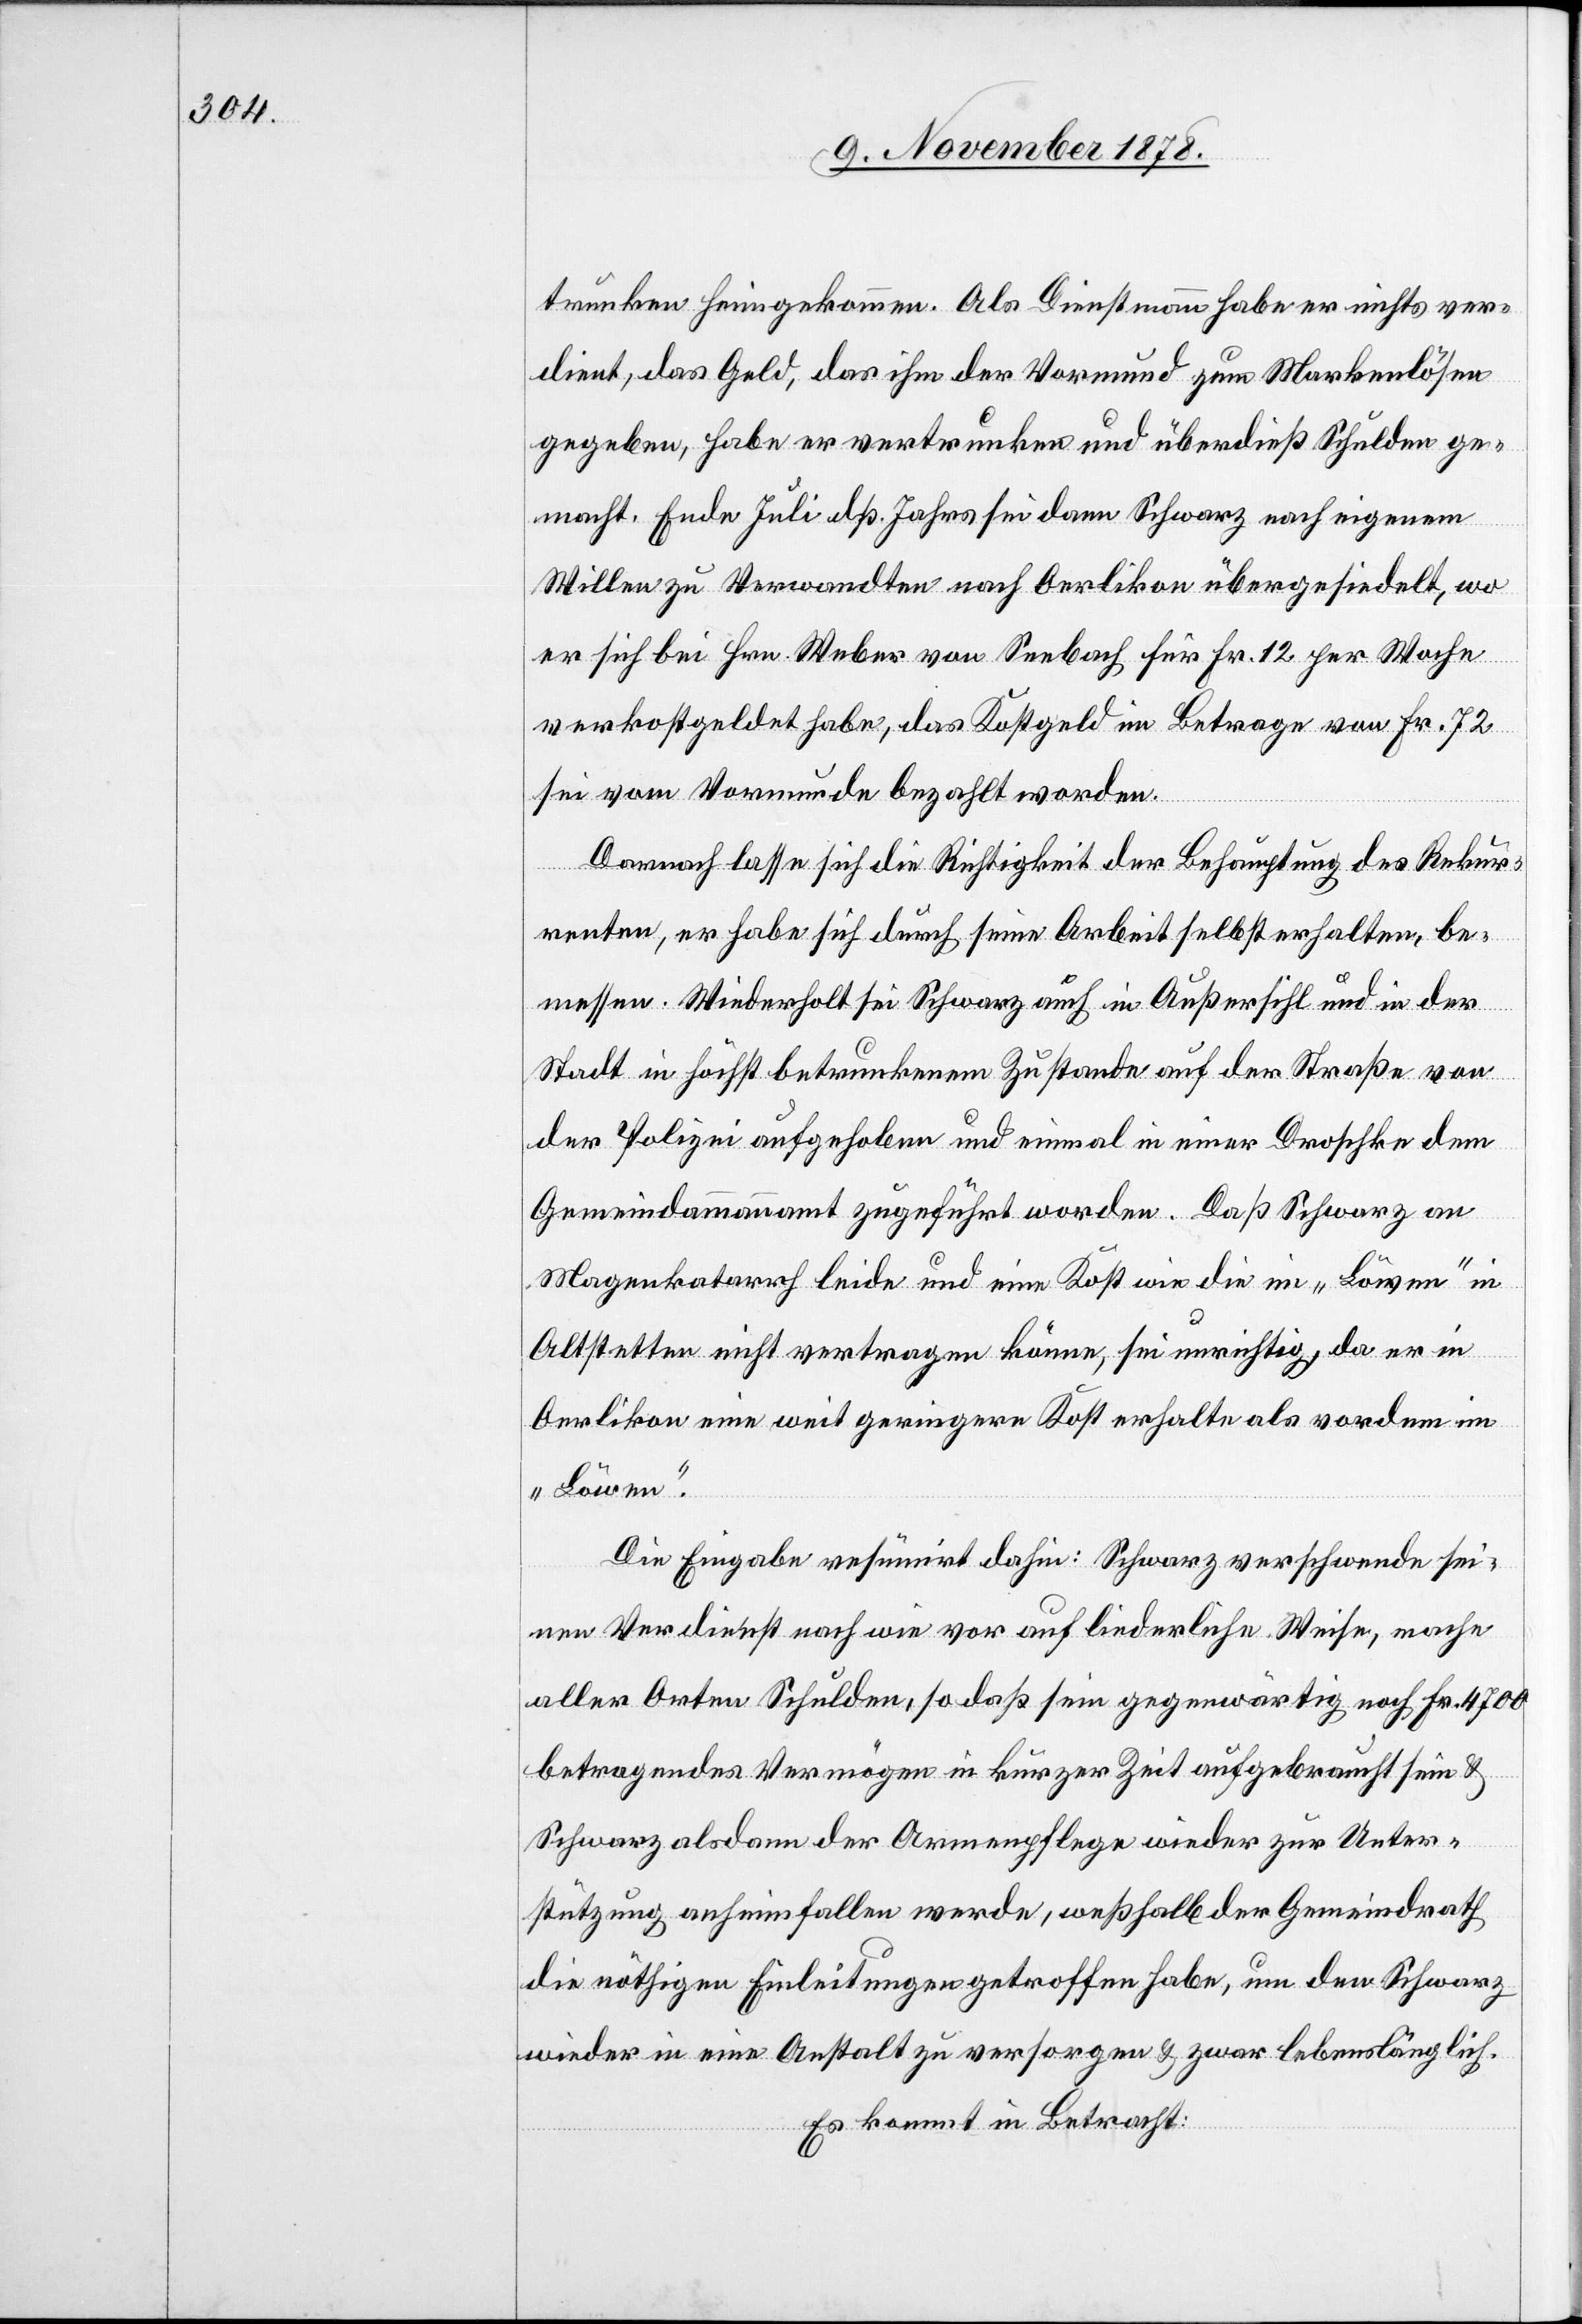
trunken heimgekommen. Als Dienstmann habe er nichts ver¬
dient, das Geld, das ihm der Vormund zum Markenlösen
gegeben, habe er vertrunken und überdieß Schulden ge¬
macht. Ende Juli dß. Jahres sei dann Schwarz nach eigenem
Willen zu Verwandten nach Oerlikon übergesiedelt, wo
er sich bei Hrn. Weber von Seebach für Fr. 12 per Woche
verkostgeldet habe, das Kostgeld im Betrage von Fr. 72
sei vom Vormunde bezahlt worden.
Darnach lasse sich die Richtigkeit der Behauptung des Rekur¬
renten, er habe sich durch seine Arbeit selbst erhalten, be¬
messen. Wiederholt sei Schwarz auch in Außersihl und in der
Stadt in höchst betrunkenem Zustande auf der Straße von
der Polizei aufgehoben und einmal in einer Droschke dem
Gemeindammannamt zugeführt worden. Daß Schwarz an
Magenkatarrh leide und eine Kost wie die im „Löwen“ in
Altstetten nicht vertragen könne, sei unrichtig, da er in
Oerlikon weit geringere Kost erhalte als vordem im
„Löwen“.
Die Eingabe resümirt dahin: Schwarz verschwende sei¬
nen Verdienst nach wie vor auf liederliche Weise, mache
aller Orten Schulden, so daß sein gegenwärtig noch Fr. 4700
betragendes Vermögen in kurzer Zeit aufgebraucht sein &
Schwarz alsdann der Armenpflege anheimfallen werde,
die nöthigen Einleitungen getroffen habe, um den Schwarz
wieder in eine Anstalt zu versorgen & zwar lebenslänglich.
Es kommt in Betracht:

der